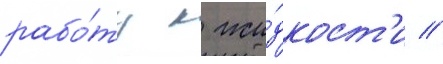
рабо́ту к жи́дкост'и //